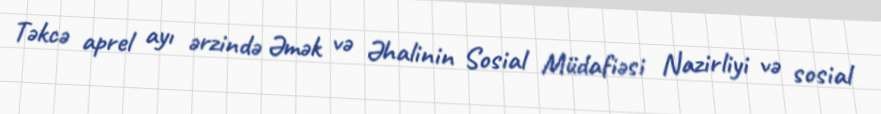
Təkcə aprel ayı ərzində Əmək və Əhalinin Sosial Müdafiəsi Nazirliyi və sosial